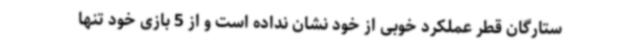
ستارگان قطر عملکرد خوبی از خود نشان نداده است و از 5 بازی خود تنها